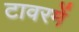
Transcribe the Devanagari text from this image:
टावरमें